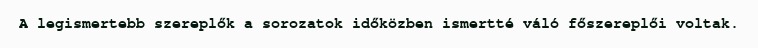
A legismertebb szereplők a sorozatok időközben ismertté váló főszereplői voltak.